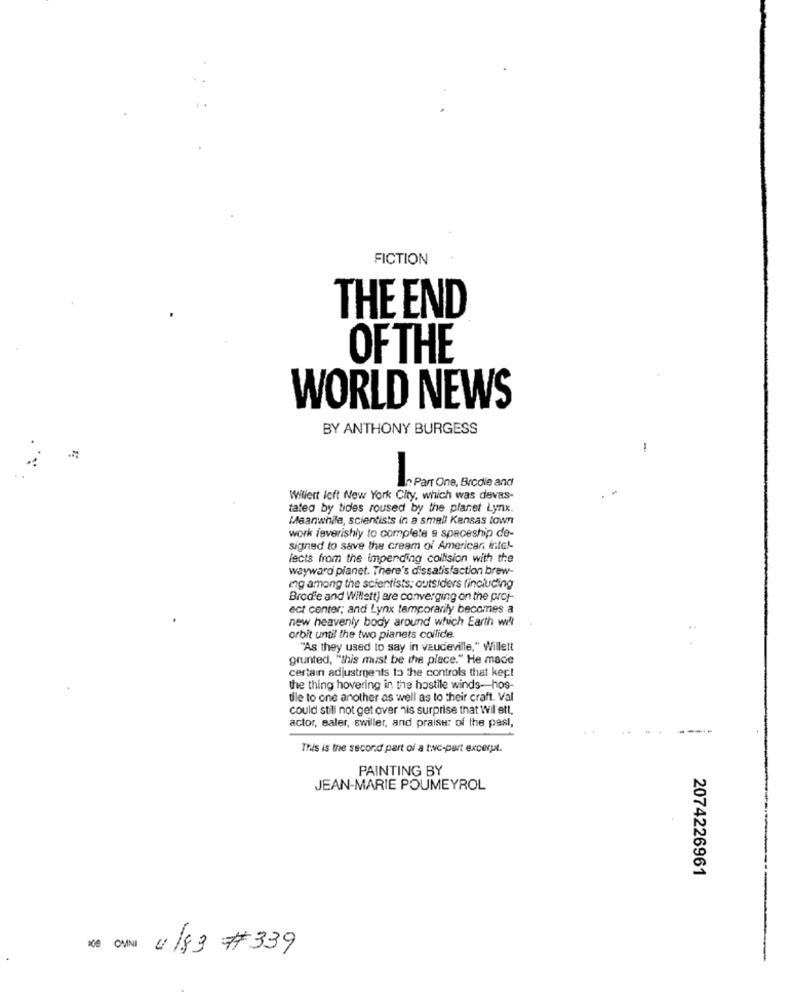
FICTION
THE END
OFTHE
WORLD NEWS
BY ANTHONY BURGESS
-
In Part One, Brodie and
Willert left New York City, which was devas-
tated by tides roused by the planet Lynx.
Meanwhile, scientists in a small Kansas town
work feverishly to complete a spaceship de-
signed to save the cream of American intel-
lects from the impending collision with the
wayward planet. There's dissatisfaction brew-
ing among the scientists: outsiders (including
Brodie and Willett) are converging on the proj-
ect center; and Lynx temporarily becomes a
new heavenly body around which Earth will
orbit until the two pianets collide.
"As they used to say in vaudeville," Willett
grunted, "this must be the place." He made
certain adjustments to the controls that kept
the thing hovering in the hostile winds-hos-
tile to one another as well as to their craft. Val
could still not get over his surprise that Wil ett,
actor, saler, swiller, and praise: of the past,
. .
This is the second part of a tuc-part excerpt.
PAINTING BY
JEAN-MARIE POUMEYROL
2074226961
de CYANI //83 # 339